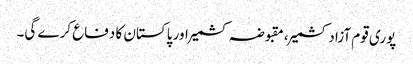
پوری قوم آزاد کشمیر، مقبوضہ کشمیر اور پاکستان کا دفاع کرے گی۔